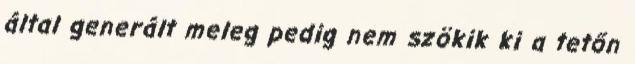
által generált meleg pedig nem szökik ki a tetőn